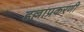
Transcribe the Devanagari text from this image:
हल्लाप्रकरणी